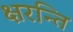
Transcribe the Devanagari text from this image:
क्षरन्ति